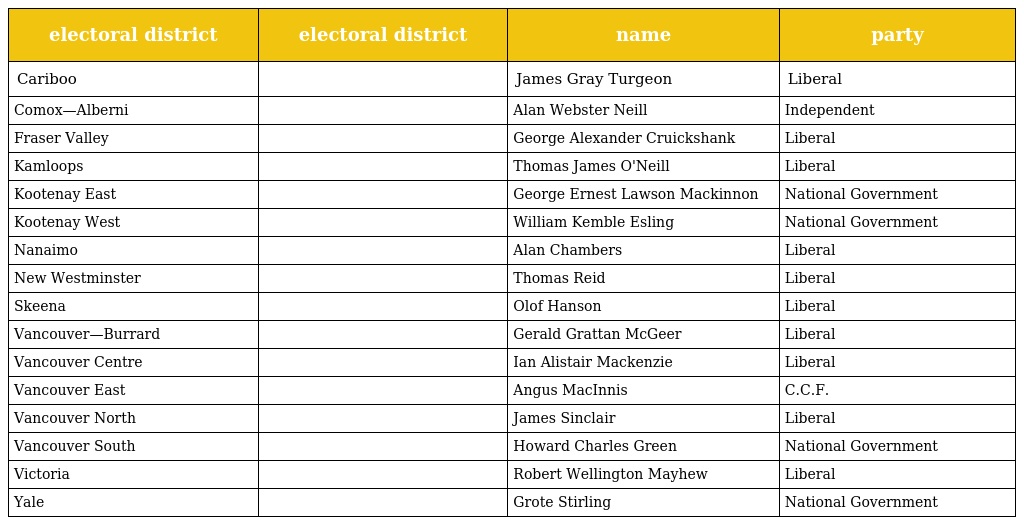
| electoral district | electoral district | name | party |
 | --- | --- | --- | --- |
 | Cariboo |  | James Gray Turgeon | Liberal |
 | Comox—Alberni |  | Alan Webster Neill | Independent |
 | Fraser Valley |  | George Alexander Cruickshank | Liberal |
 | Kamloops |  | Thomas James O'Neill | Liberal |
 | Kootenay East |  | George Ernest Lawson Mackinnon | National Government |
 | Kootenay West |  | William Kemble Esling | National Government |
 | Nanaimo |  | Alan Chambers | Liberal |
 | New Westminster |  | Thomas Reid | Liberal |
 | Skeena |  | Olof Hanson | Liberal |
 | Vancouver—Burrard |  | Gerald Grattan McGeer | Liberal |
 | Vancouver Centre |  | Ian Alistair Mackenzie | Liberal |
 | Vancouver East |  | Angus MacInnis | C.C.F. |
 | Vancouver North |  | James Sinclair | Liberal |
 | Vancouver South |  | Howard Charles Green | National Government |
 | Victoria |  | Robert Wellington Mayhew | Liberal |
 | Yale |  | Grote Stirling | National Government |